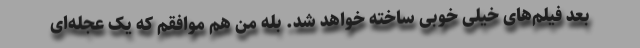
بعد فیلم‌های خیلی خوبی ساخته خواهد شد. بله من هم موافقم که یک عجله‌ای